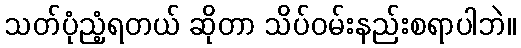
သတ်ပုံညံ့ရတယ် ဆိုတာ သိပ်ဝမ်းနည်းစရာပါဘဲ။